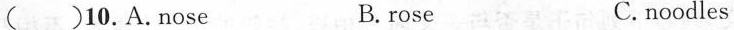
( ) 10. A.Nose B.rose C. noodles